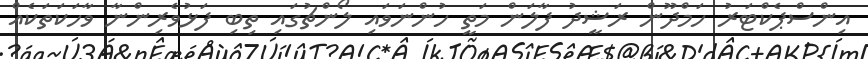
އިންސްޕެކްޓަރު ހަމްދޫން ރަޝީދު ފާލަން މަތީ ހުންނަވައި ލޯންޗުގައި ތިބި ފަޅުވެރިންނާ ވާހަކަތަކެއް